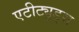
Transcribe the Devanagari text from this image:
एटीट्यूड्स